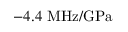
- 4 . 4 ~ \mathrm { M H z / G P a }